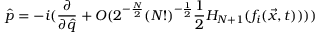
\hat { p } = - i ( \frac { \partial } { \partial \hat { q } } + O ( 2 ^ { - \frac { N } { 2 } } ( N ! ) ^ { - \frac { 1 } { 2 } } \frac { 1 } { 2 } H _ { N + 1 } ( f _ { i } ( \vec { x } , t ) ) ) )